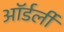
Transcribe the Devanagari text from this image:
ऑर्डर्ली